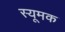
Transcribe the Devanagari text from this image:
स्यूमक